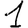
Digit: 1